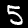
Digit: 5